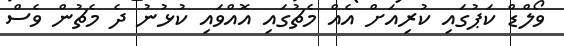
ވޯލްޑް ކަޕުގައި ކުރިއަށް އެއް މެޗުގައި އޮއްވައި ކުޅުނު ދެ މެޗުން ވެސް